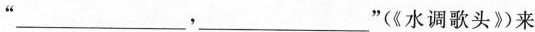
“___，___”(《水调歌头》)来